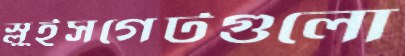
স্লুইসগেটগুলো